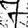
Digit: 7